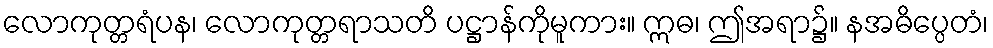
လောကုတ္တရံပန၊ လောကုတ္တရာသတိ ပဋ္ဌာန်ကိုမူကား။ ဣဓ၊ ဤအရာ၌။ နအဓိပ္ပေတံ၊